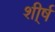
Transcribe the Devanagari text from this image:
शी्र्ष